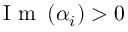
\mathrm { ~ I ~ m ~ } \left( \alpha _ { i } \right) > 0